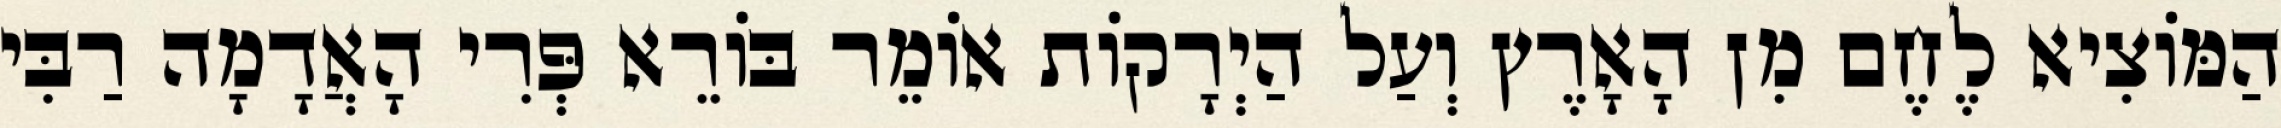
הַמּוֹצִיא לֶחֶם מִן הָאָרֶץ וְעַל הַיְרָקוֹת אוֹמֵר בּוֹרֵא פְּרִי הָאֲדָמָה רַבִּי